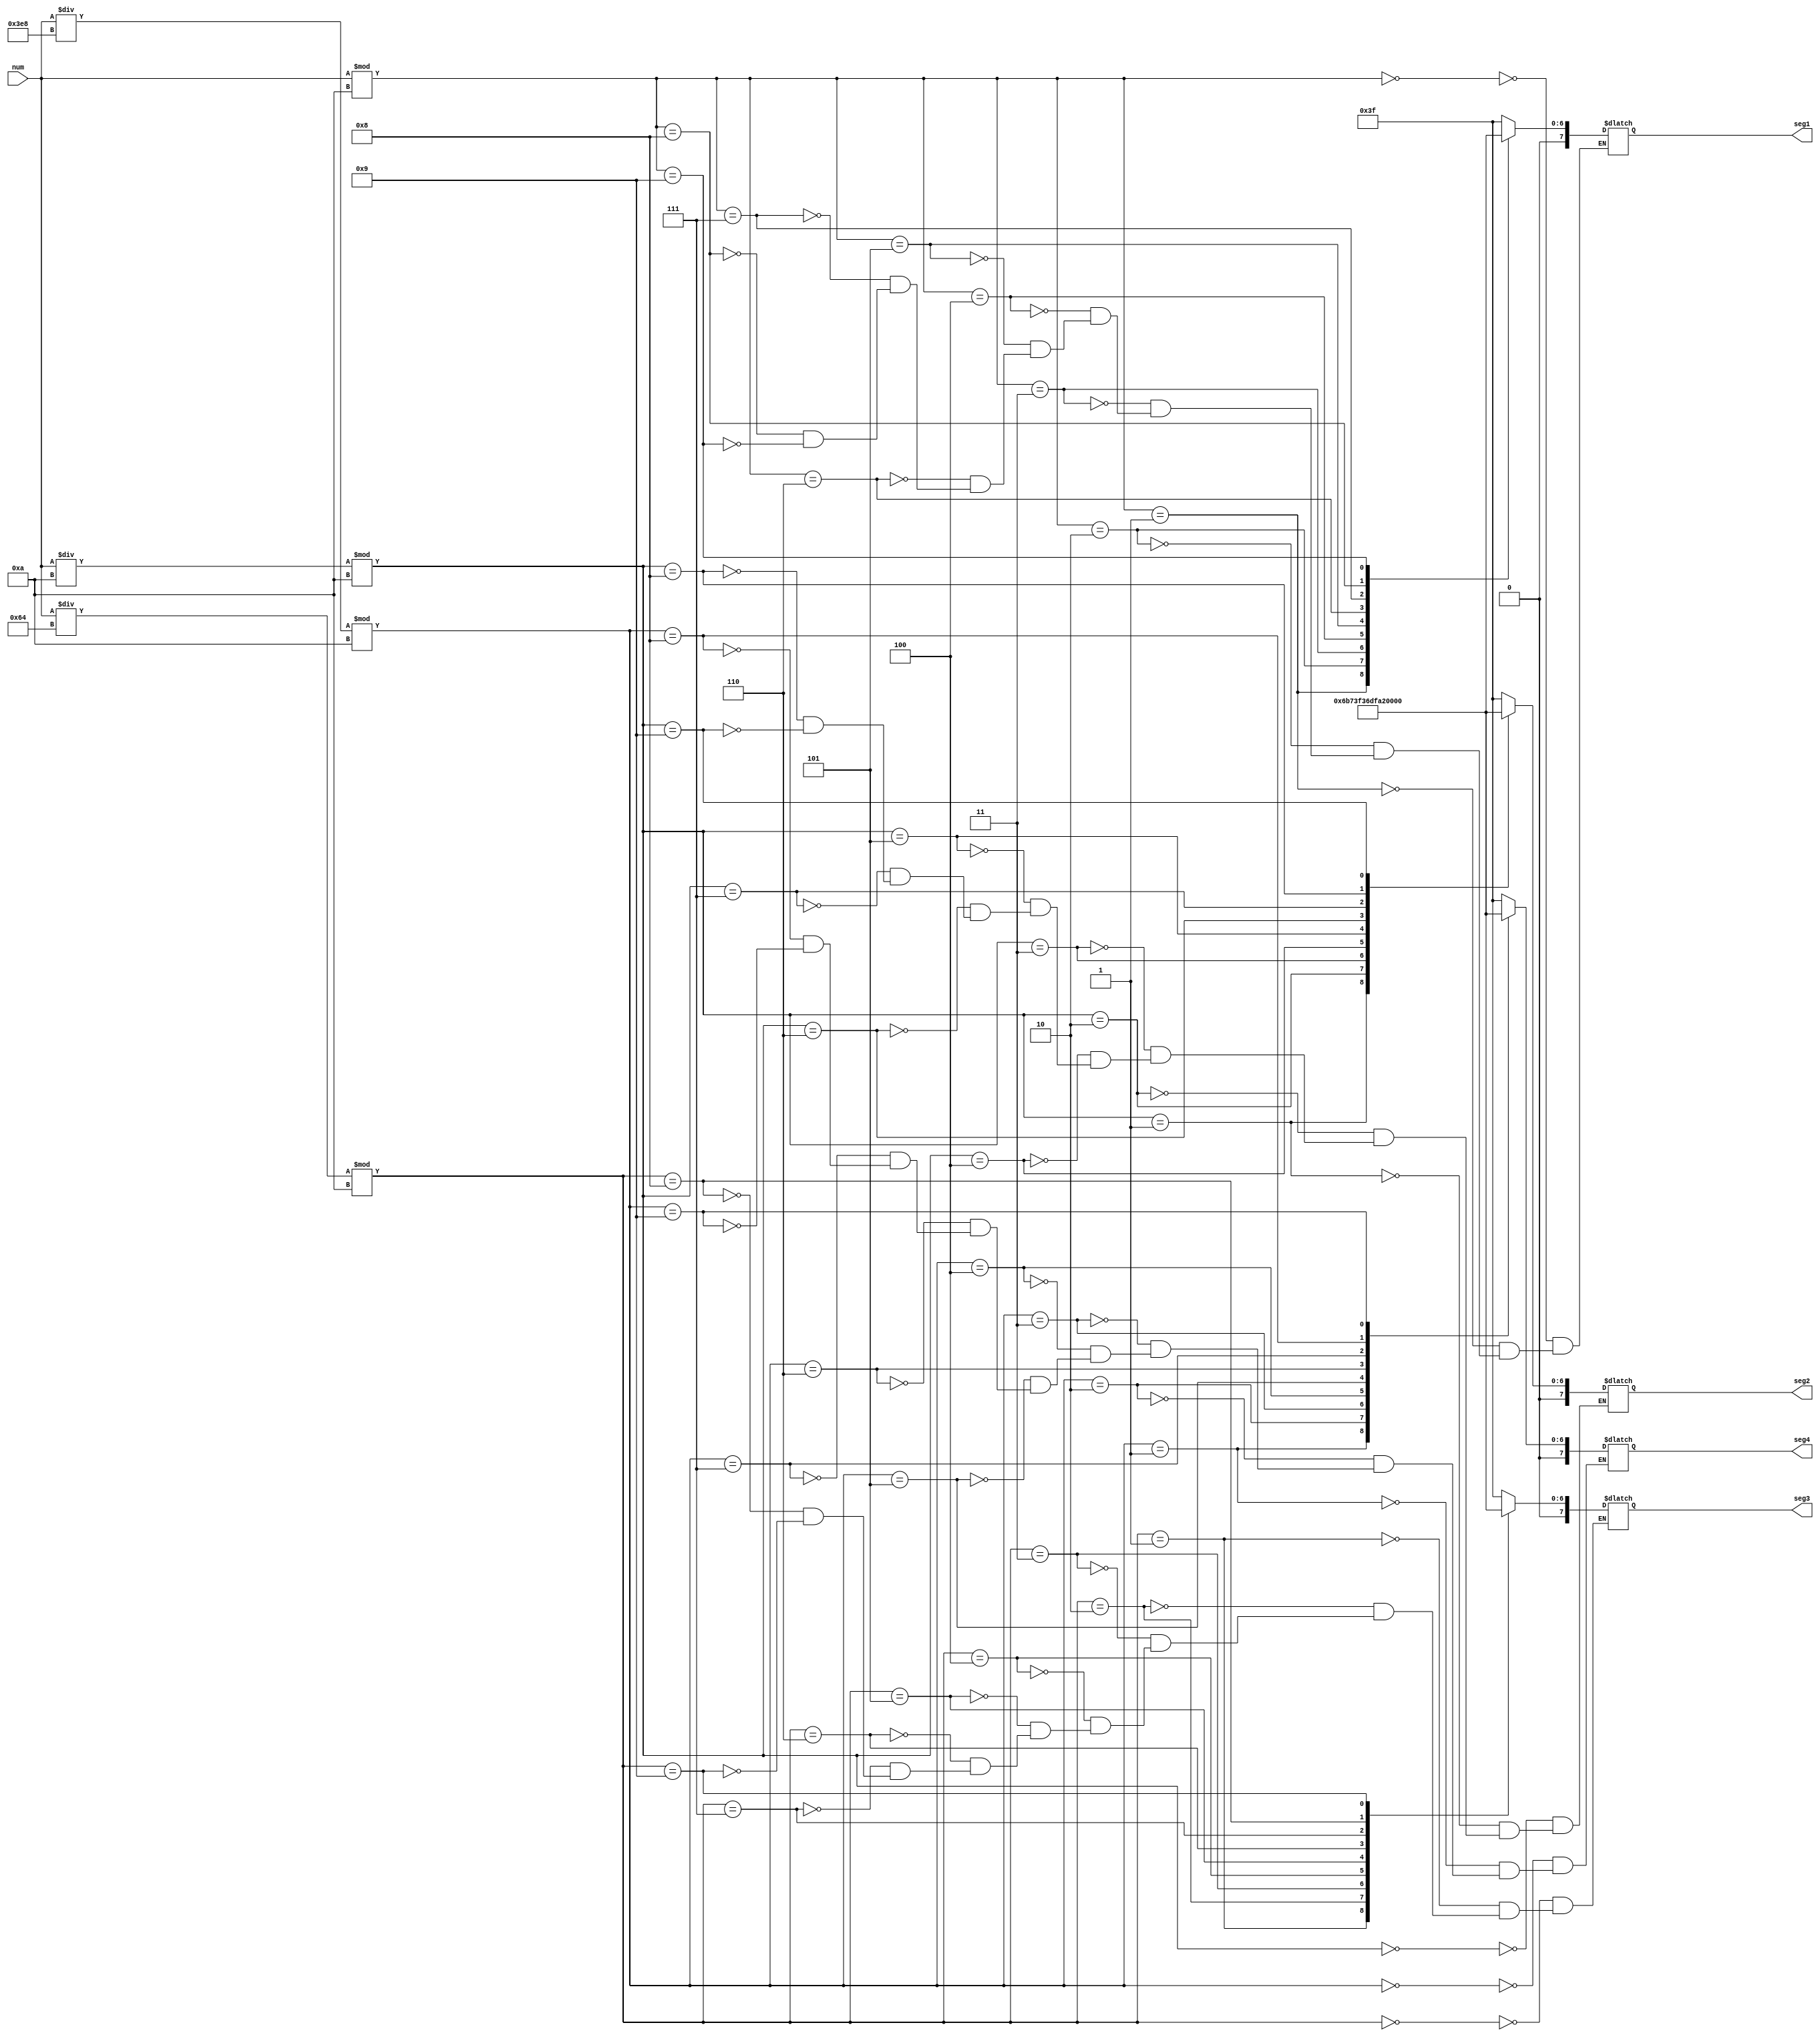
`timescale 1ns / 1ps
//////////////////////////////////////////////////////////////////////////////////
// Company: 
// Engineer: 
// 
// Design Name: 
// Module Name: converter
// Project Name: 
// Target Devices: 
// Tool Versions: 
// Description: 
// 
// Dependencies: 
// 
// Revision:
// Revision 0.01 - File Created
// Additional Comments:
// 
//////////////////////////////////////////////////////////////////////////////////


module converter(num,seg1,seg2,seg3,seg4);
parameter _0 = 8'h3f;
parameter _1 = 8'h06;
parameter _2 = 8'h5b;
parameter _3 = 8'h4f;
parameter _4 = 8'h66;
parameter _5 = 8'h6d;
parameter _6 = 8'h7d;
parameter _7 = 8'h07;
parameter _8 = 8'h7f;
parameter _9 = 8'h6f;
parameter _E = 8'h79;
input [9:0]num;
output reg[7:0]seg1,seg2,seg3,seg4;

always @(*)
begin
    case(num%10)
        0:seg1=_0;
        1:seg1=_1;
        2:seg1=_2;
        3:seg1=_3;
        4:seg1=_4;
        5:seg1=_5;
        6:seg1=_6;
        7:seg1=_7;
        8:seg1=_8;
        9:seg1=_9;
    endcase
    case((num/10)%10)
        0:seg2=_0;
        1:seg2=_1;
        2:seg2=_2;
        3:seg2=_3;
        4:seg2=_4;
        5:seg2=_5;
        6:seg2=_6;
        7:seg2=_7;
        8:seg2=_8;
        9:seg2=_9;
    endcase
    case((num/100)%10)
        0:seg3=_0;
        1:seg3=_1;
        2:seg3=_2;
        3:seg3=_3;
        4:seg3=_4;
        5:seg3=_5;
        6:seg3=_6;
        7:seg3=_7;
        8:seg3=_8;
        9:seg3=_9;
    endcase
    case((num/1000)%10)
        0:seg4=_0;
        1:seg4=_1;
        2:seg4=_2;
        3:seg4=_3;
        4:seg4=_4;
        5:seg4=_5;
        6:seg4=_6;
        7:seg4=_7;
        8:seg4=_8;
        9:seg4=_9;
    endcase
end

endmodule